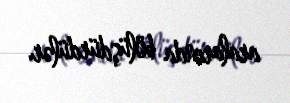
aralarında bölüşdürdülər.